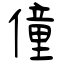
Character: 僮